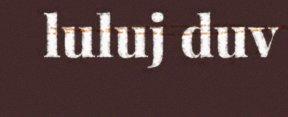
luluj duv